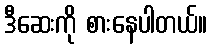
ဒီဆေးကို စားနေပါတယ်။